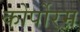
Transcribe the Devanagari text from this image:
कोर्पोरम